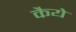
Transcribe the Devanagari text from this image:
कैये